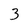
Character: 3